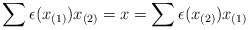
\begin{align*}\sum \epsilon(x_{(1)})x_{(2)} = x = \sum \epsilon(x_{(2)})x_{(1)}\end{align*}